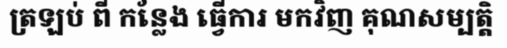
ត្រឡប់ ពី កន្លែង ធ្វើការ មកវិញ គុណសម្បត្តិ